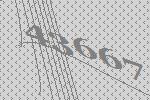
43667